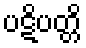
ပဋိပတ္တိ